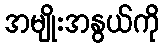
အမျိုးအနွယ်ကို